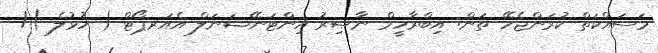
މަސައްކަތް ކުރަންޖެހޭ ތަން: އިބްރާހީމް ނާޞިރު އިންޓަނޭޝަނަލް އެއަރޕޯޓް ( ހުޅުލެ )/